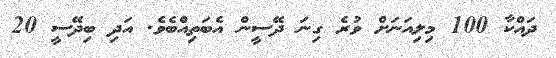
ދައްކާ 100 މިލިއަނަށް ވުރެ ގިނަ ދޭސީން އެބަތިއްބެވެ. އަދި ބިދޭސީ 20